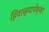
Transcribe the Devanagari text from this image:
हिवाळ्यापेक्षा